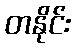
တနိုင်း